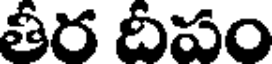
తీర దీపం